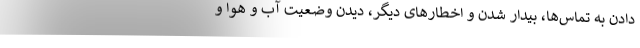
دادن به تماس‌ها، بیدار شدن و اخطارهای دیگر، دیدن وضعیت آب و هوا و